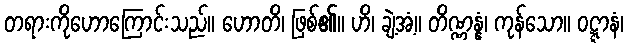
တရားကိုဟောကြောင်းသည်။ ဟောတိ၊ ဖြစ်၏။ ဟိ၊ ချဲ့အံ့။ တိဏ္ဏန္နံ၊ ကုန်သော။ ဝဋ္ဋာနံ၊